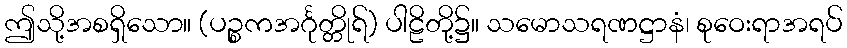
ဤသို့အစရှိသော။ (ပဉ္စကအင်္ဂုတ္တိုရ်) ပါဠိတို့၌။ သမောသရဏဋ္ဌာနံ၊ စုဝေးရာအရပ်